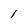
Character: 1